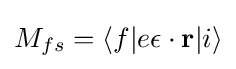
M_{fs}=\langle f|e\mathbf {\epsilon } \cdot \mathbf {r} |i\rangle